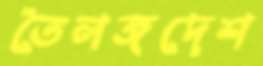
তৈলঙ্গদেশ